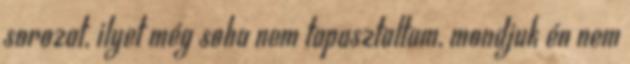
sorozat, ilyet még soha nem tapasztaltam, mondjuk én nem